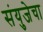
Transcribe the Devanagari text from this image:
संयुजेचा